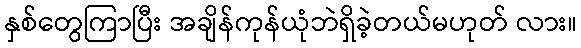
နှစ်တွေကြာပြီး အချိန်ကုန်ယုံဘဲရှိခဲ့တယ်မဟုတ် လား။